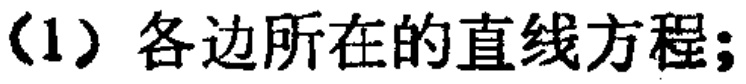
(1) 各边所在的直线方程;